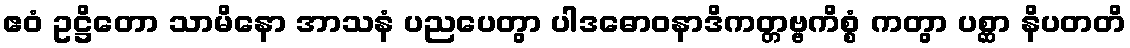
ဧဝံ ဥဋ္ဌိတော သာမိနော အာသနံ ပညပေတွာ ပါဒဓောဝနာဒိကတ္တဗ္ဗကိစ္စံ ကတွာ ပစ္ဆာ နိပတတိ